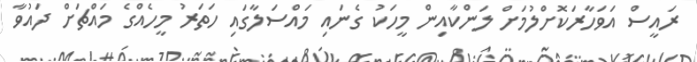
ރައީސް އަވަހާރަކޮށްލުމަށް ލަންކާއިން މީހަކު ގެނައި މައްސަލާގައި ހަތަރު މީހެއްގެ މައްޗަށް ދައުވާ